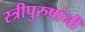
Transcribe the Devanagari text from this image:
स्त्रीपुरुषांनीं